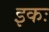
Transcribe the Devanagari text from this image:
इकः